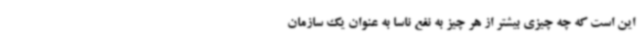
این است که چه چیزی بیشتر از هر چیز به نفع ناسا به عنوان یک سازمان